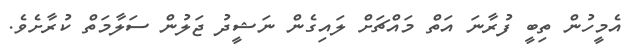
އެމީހުން ތިބީ ފުރާނަ އަތް މައްޗަށް ލައިގެން ނަޝީދު ޖަލުން ސަލާމަތް ކުރާށެވެ.